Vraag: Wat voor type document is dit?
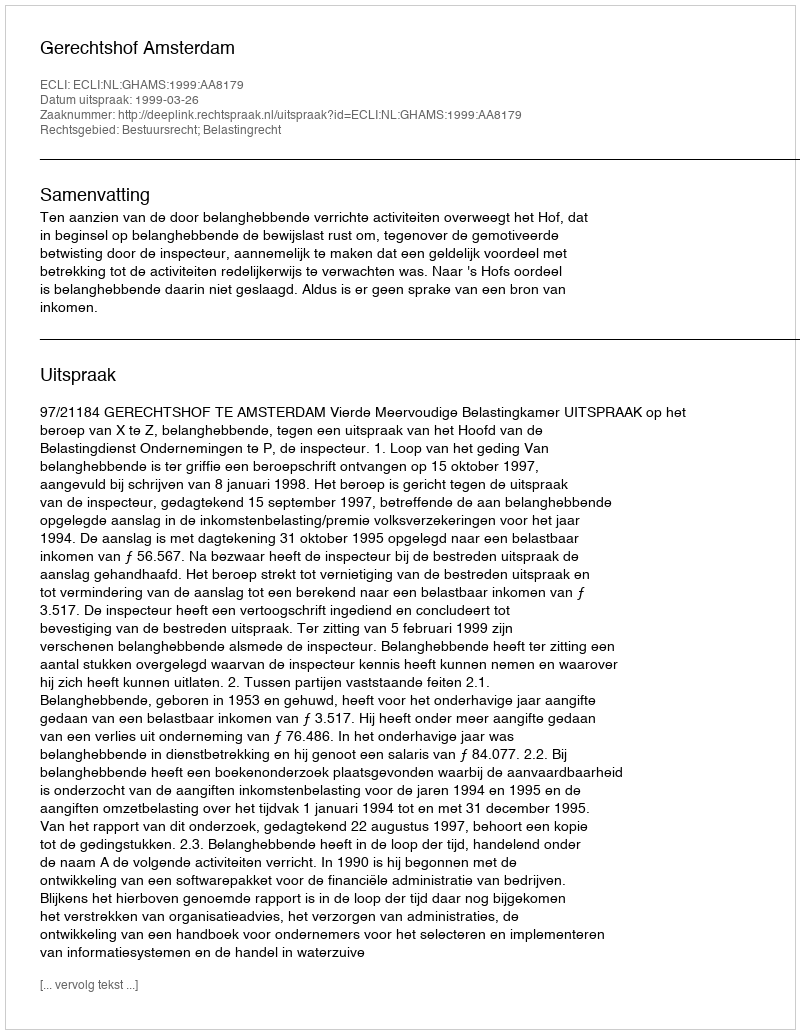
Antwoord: Uitspraak